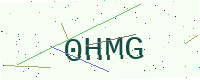
Text: 0HMG